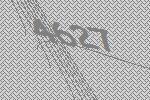
4627